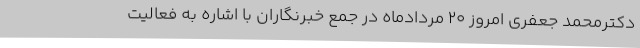
دکترمحمد جعفری امروز 20 مردادماه در جمع خبرنگاران با اشاره به فعالیت